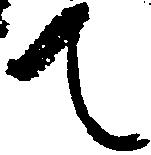
て